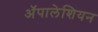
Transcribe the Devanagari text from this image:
ॲपालेशियन